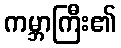
ကမ္ဘာကြီး၏